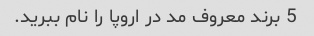
5 برند معروف مد در اروپا را نام ببرید.